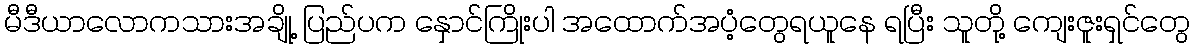
မီဒီယာလောကသားအချို့ ပြည်ပက နှောင်ကြိုးပါ အထောက်အပံ့တွေရယူနေ ရပြီး သူတို့ ကျေးဇူးရှင်တွေ